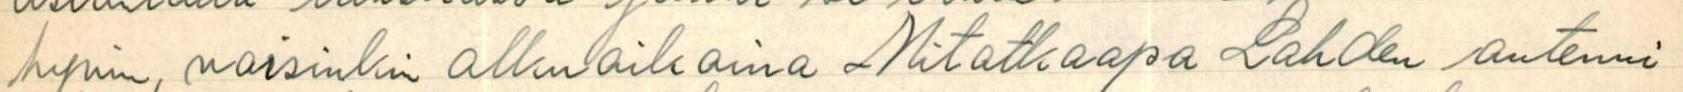
hyvin, varsinkin alkuaikoina Mitatkaapa Lahden antenni